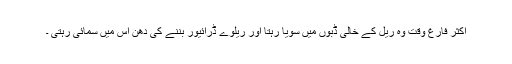
اکثر فارغ وقت وہ ریل کے خالی ڈبوں میں سویا رہتا اور ریلوے ڈرائیور بننے کی دھن اس میں سمائی رہتی ۔